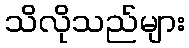
သိလိုသည်များ